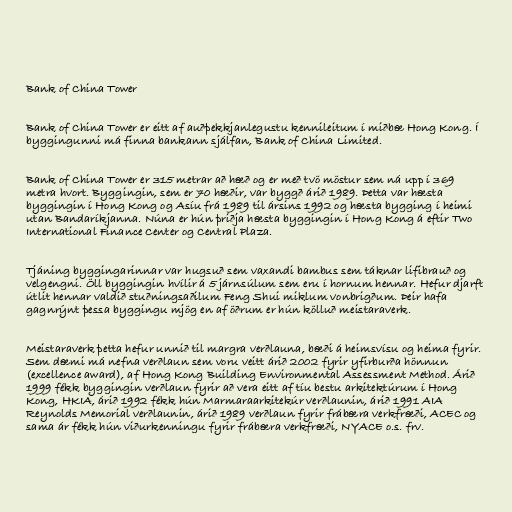
Bank of China Tower

Bank of China Tower er eitt af auðþekkjanlegustu kennileitum í miðbæ Hong Kong. Í
byggingunni má finna bankann sjálfan, Bank of China Limited.

Bank of China Tower er 315 metrar að hæð og er með tvö möstur sem ná upp í 369
metra hvort. Byggingin, sem er 70 hæðir, var byggð árið 1989. Þetta var hæsta
byggingin í Hong Kong og Asíu frá 1989 til ársins 1992 og hæsta bygging í heimi
utan Bandaríkjanna. Núna er hún þriðja hæsta byggingin í Hong Kong á eftir Two
International Finance Center og Central Plaza.

Tjáning byggingarinnar var hugsuð sem vaxandi bambus sem táknar lifibrauð og
velgengni. Öll byggingin hvílir á 5 járnsúlum sem eru í hornum hennar. Hefur djarft
útlit hennar valdið stuðningsaðilum Feng Shui miklum vonbrigðum. Þeir hafa
gagnrýnt þessa byggingu mjög en af öðrum er hún kölluð meistaraverk.

Meistaraverk þetta hefur unnið til margra verðlauna, bæði á heimsvísu og heima fyrir.
Sem dæmi má nefna verðlaun sem voru veitt árið 2002 fyrir yfirburða hönnun
(excellence award), af Hong Kong Building Environmental Assessment Method. Árið
1999 fékk byggingin verðlaun fyrir að vera eitt af tíu bestu arkitektúrum í Hong
Kong, HKIA, árið 1992 fékk hún Marmaraarkitekúr verðlaunin, árið 1991 AIA
Reynolds Memorial verðlaunin, árið 1989 verðlaun fyrir frábæra verkfræði, ACEC og
sama ár fékk hún viðurkenningu fyrir frábæra verkfræði, NYACE o.s. frv.